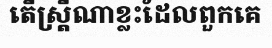
តើស្ត្រីណាខ្លះដែលពួកគេ